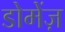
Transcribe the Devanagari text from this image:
डोमेंज़